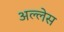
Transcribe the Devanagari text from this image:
अल्लेस